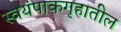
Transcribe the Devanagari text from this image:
स्वयंपाकगृहातील